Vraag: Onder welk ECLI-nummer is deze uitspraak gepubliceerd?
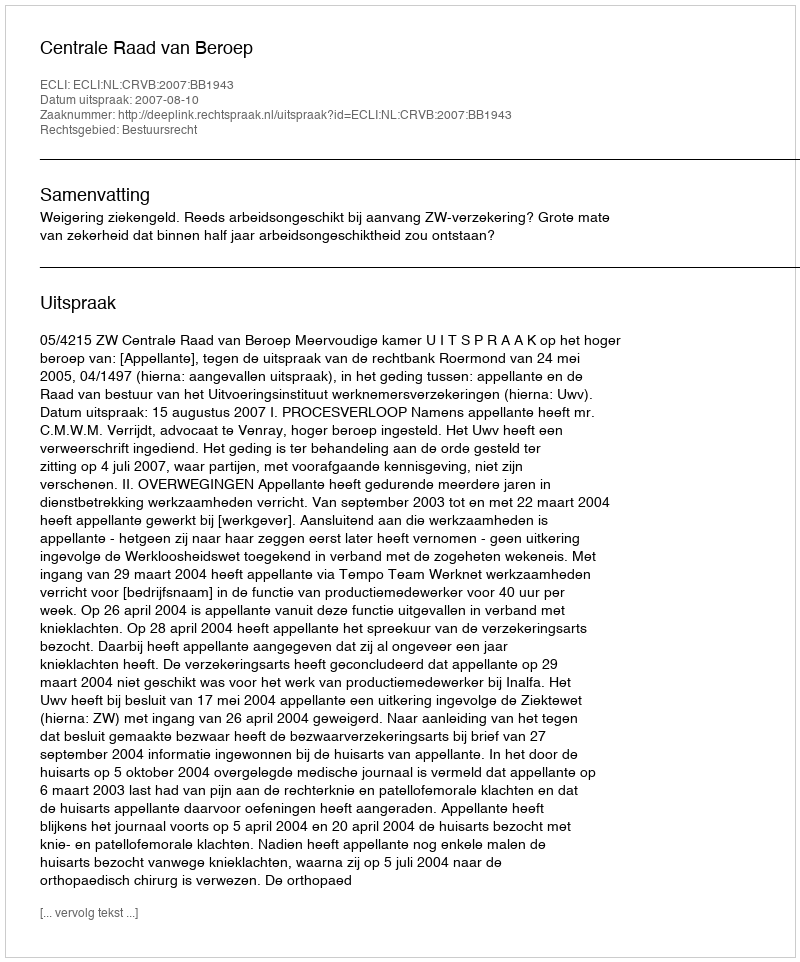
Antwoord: ECLI:NL:CRVB:2007:BB1943